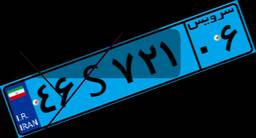
۴۶S۷۲۱۰۶